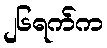
၂၆ရက်က